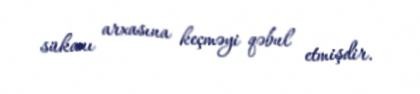
sükanı arxasına keçməyi qəbul etmişdir.